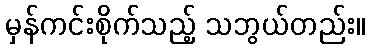
မှန်ကင်းစိုက်သည့် သဘွယ်တည်း။